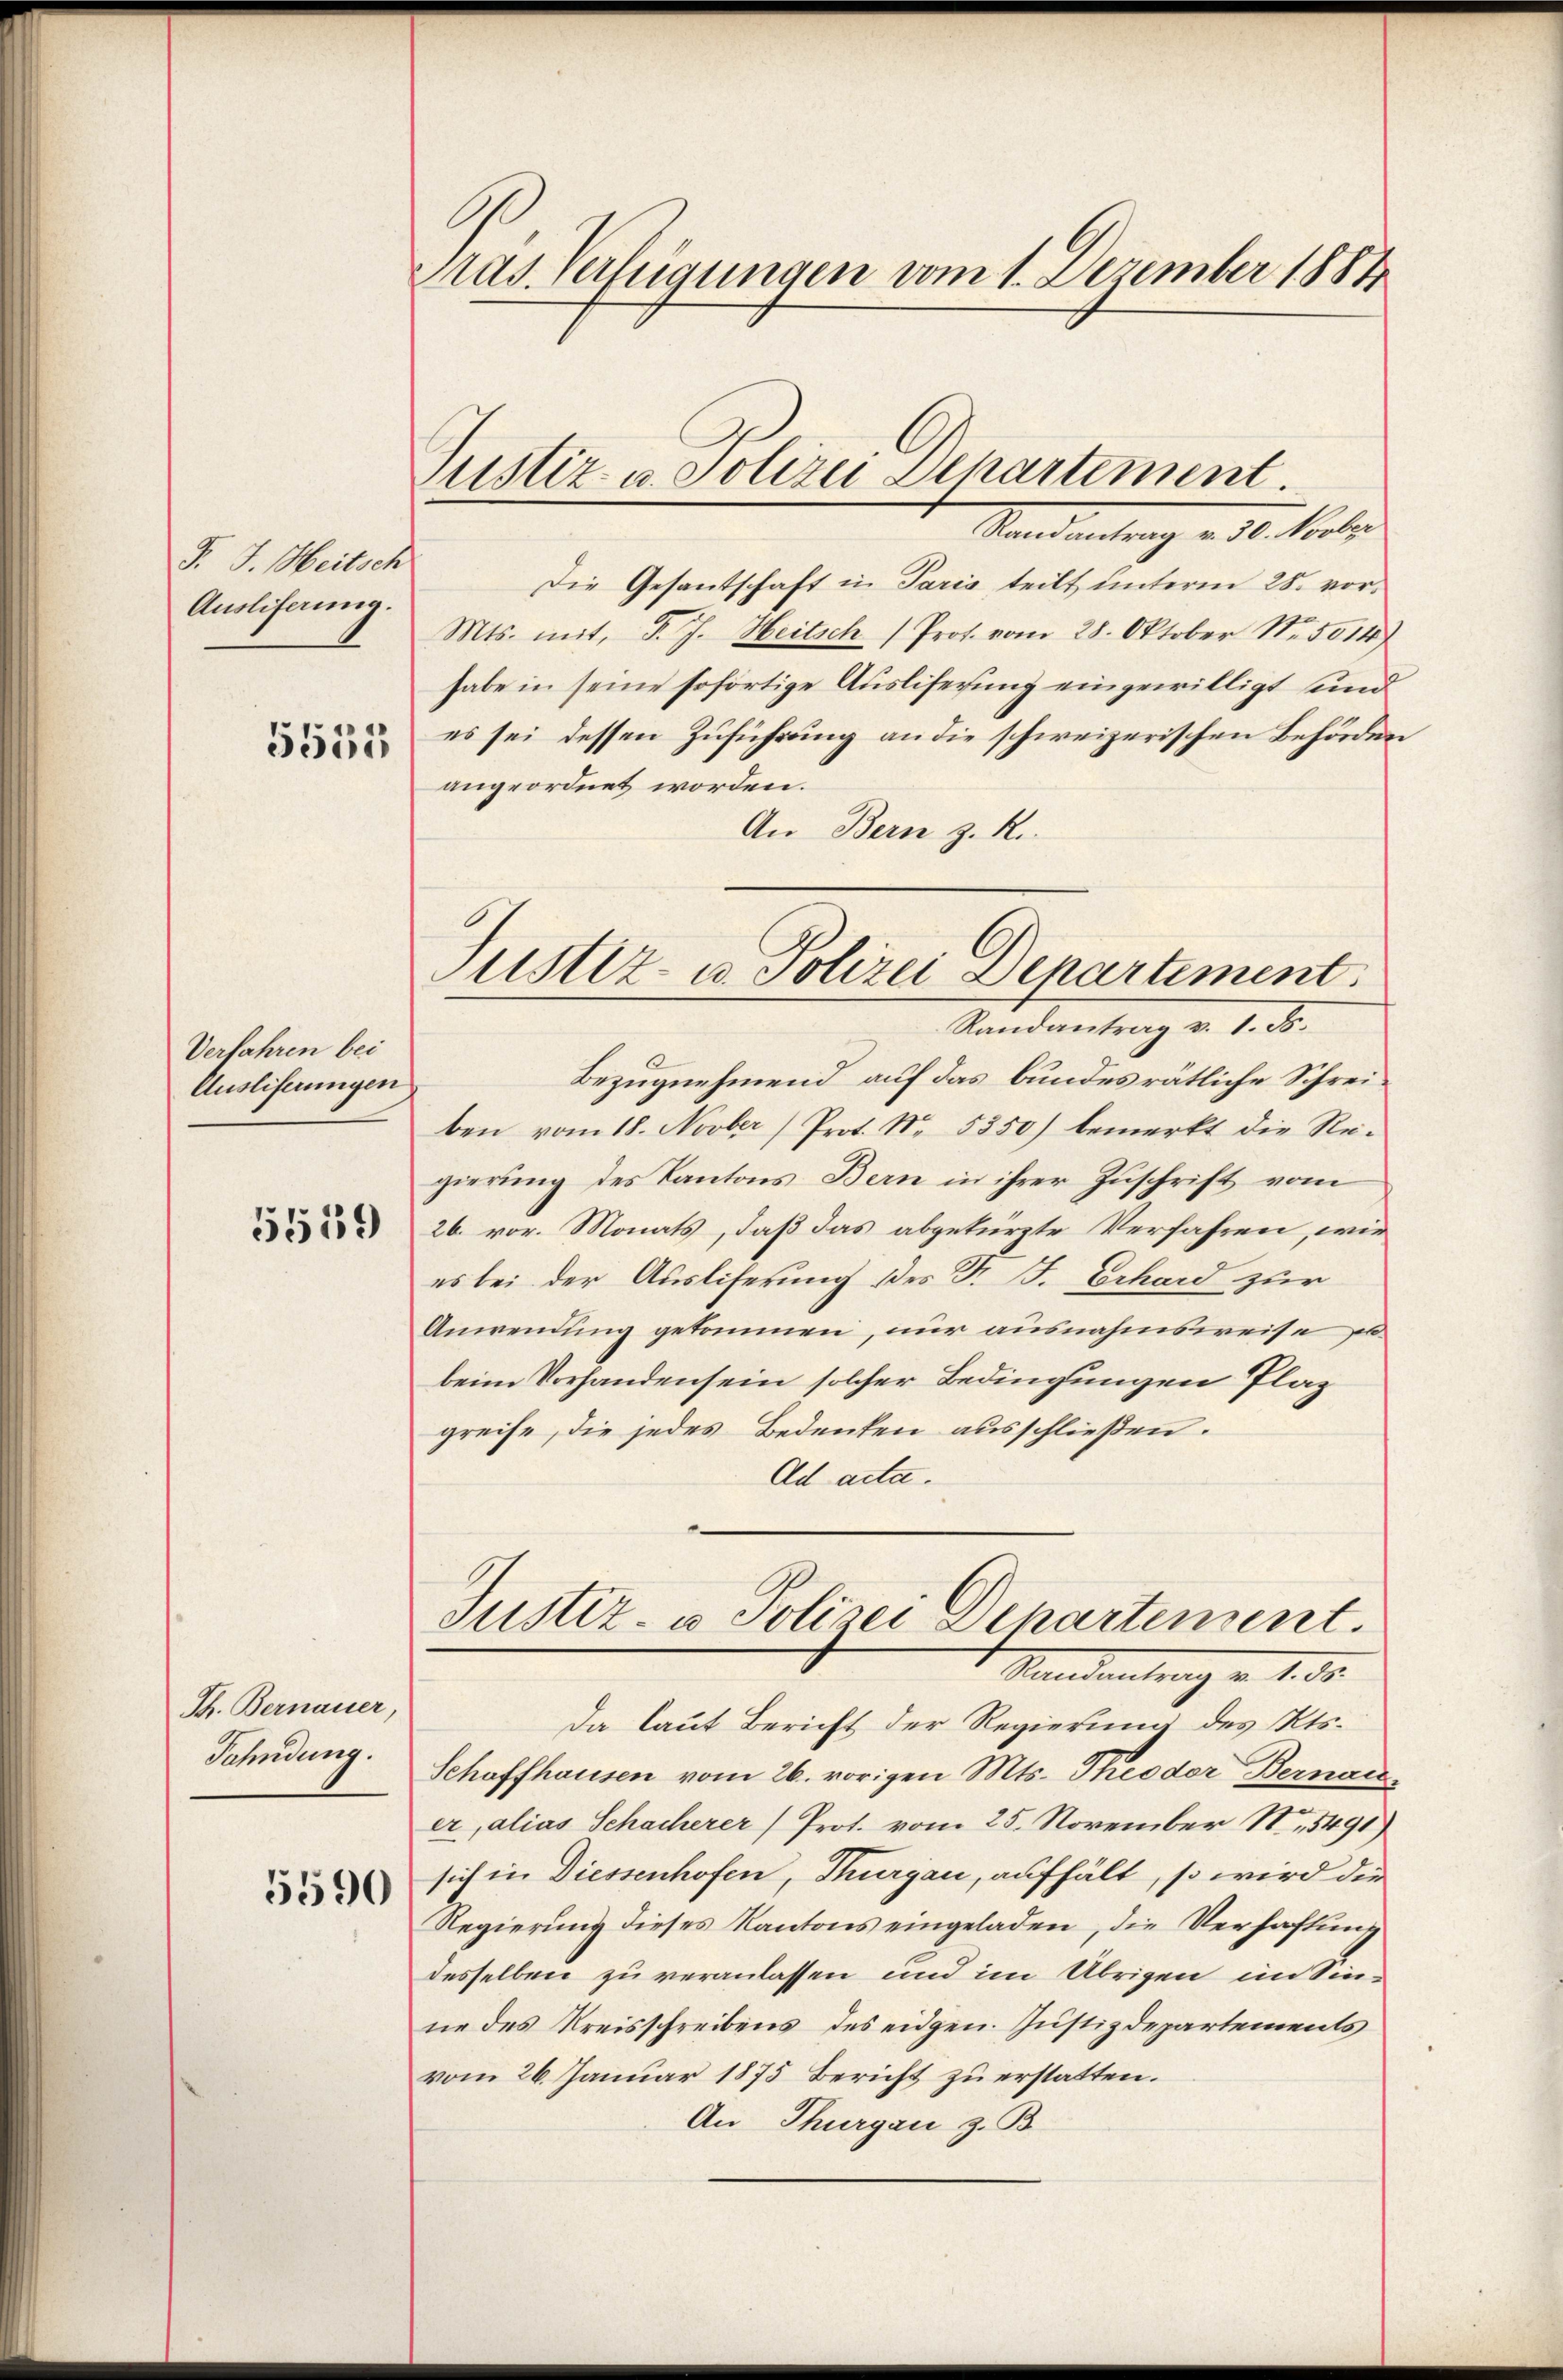
F. J. Meitsch
Ausliferung.
5552

Verfahren bei
Ausliferungen.

5519

Th. Bernauer,
Fahndung.

5590

Pras. Verfügungen vom 1. Dezember 1884

Justiz- u. Polizei Departement.

Randantrag v. 6. Mater
Die Gesantschaft in Paris teilt unterm 28. vor¬
Mts. mit, P. J. Heitsch (Prot. vom 28. Oktober N. 5014)
habe in seine sofortige Auslieferung eingewilligt und
es sei dessen Zuführung an die schweizerischen Behörder
angeordnet worden.
An Bern z. R.
Bezugnehmend auf das bundesrätliche Schreiben vom 18. Novber (Prot. No. 5350) bemerkt die Regierung des Kantons Bern in ihrer Zuschrift vom
26. vor. Monats, daß das abgekürzte Verfahren, wie
es bei der Ausliferung des Dr. F. Erhard zur
Anwendung gekommen, nur ausnahmsweise zu
beim Vorhanden sein solcher Bedingungen Plaz
greife, die jedes Bedenken ausschließen.
Ad acta.
Justiz- u. Polizei Departement.
Mandantrag v. 1. d.
Da laut Bericht der Regierung des Kts.
Schaffhausen vom 26. vorigen Mts. Theodor Bernau
er, alias Schacherer Prot. vom 25. November N. 5491)
sich in Diessenhofen, Thurgau, aufhält, so wird die
Regierung dieses Kantons eingeladen, die Verhaftung
desselben zu veranlassen und im Übrigen im Sinne des Kreisschreibens des eidgen. Justizdepartements
vom 26. Januar 1875 Bericht zu erstatten.
An Thurgau, z. B.

Justiz- u. Polizei Departiment
Randantrag v. 1. Fr.